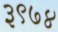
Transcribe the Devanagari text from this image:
३९७४